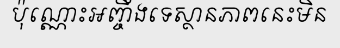
ប៉ុណ្ណោះអញ្ចឹងទេស្ថានភាពនេះមិន